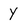
Character: Y